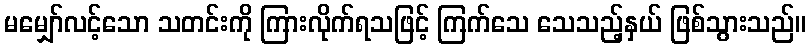
မမျှော်လင့်သော သတင်းကို ကြားလိုက်ရသဖြင့် ကြက်သေ သေသည့်နှယ် ဖြစ်သွားသည်။